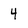
Character: 4